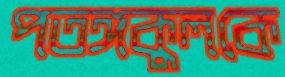
পতঙ্গকুলকে